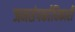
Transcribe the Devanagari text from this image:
जनसंपर्काधिकारी